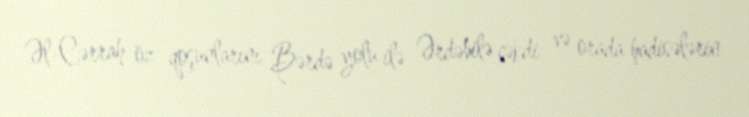
Əl-Cərrah öz qoşunlarını Bərdə yolu ilə Ərdəbilə çəkdi və orada hadisələrin